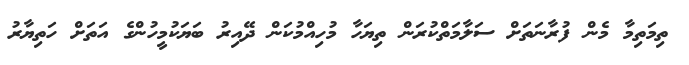
ތިމަތިމާ މެން ފުރާނަތަށް ސަލާމަތްކުރަން ތިޔަހާ މުހިއްމުކަން ދޭއިރު ބަޔަކުމީހުންގެ އަތަށް ހަތިޔާރު